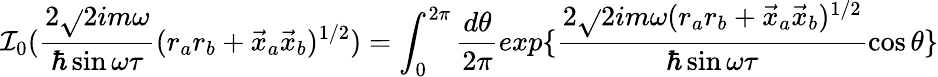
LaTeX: \mathcal{I}_{0}(\frac{{2\sqrt{}{{2}}im\omega}}{{\hbar\sin\omega\tau}}(r_{a}r_{b}+\vec{{x}}_{a}\vec{{x}}_{b})^{1/2})=\int_{0}^{2\pi}\frac{{d\theta}}{{2\pi}}exp\{ \frac{{2\sqrt{}{{2}}im\omega(r_{a}r_{b}+\vec{{x}}_{a}\vec{{x}}_{b})^{1/2}}}{{\hbar\sin\omega\tau}}\cos\theta\}